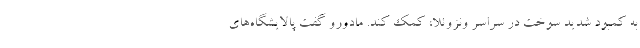
به کمبود شدید سوخت در سراسر ونزوئلا، کمک کند. مادورو گفت پالایشگاه‌های